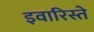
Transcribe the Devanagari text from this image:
इवारिस्ते